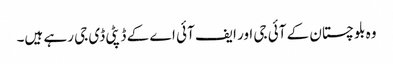
وہ بلوچستان کے آئی جی اور ایف آئی اے کے ڈپٹی ڈی جی رہے ہیں۔